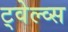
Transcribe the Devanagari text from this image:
ट्वेल्व्स